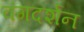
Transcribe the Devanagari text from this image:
वंगदर्शन